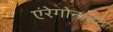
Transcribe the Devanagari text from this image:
एंरेगोनाइट